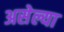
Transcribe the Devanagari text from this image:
असेल्या